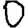
Digit: 0